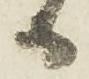
日